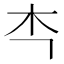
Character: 𭩘